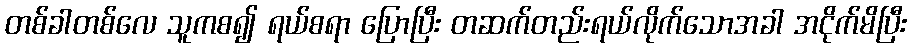
တစ်ခါတစ်လေ သူကစ၍ ရယ်စရာ ပြောပြီး တဆက်တည်းရယ်လိုက်သောအခါ အငိုက်မိပြီး